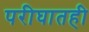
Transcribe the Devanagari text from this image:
परीघातही